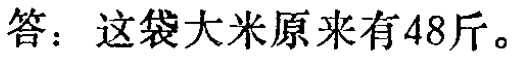
答：这袋大米原来有48斤。